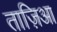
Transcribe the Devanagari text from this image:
ताज़िआ